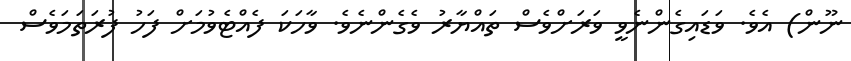
ނޫން) އެވެ. ވަޑައިގެންނެވީ ވަރަށްވެސް ތައްޔާރު ވެގެންނެވެ. ވާހަކަ ފެއްޓެވުމަށް ފަހު ފުރަތަމަވެސް